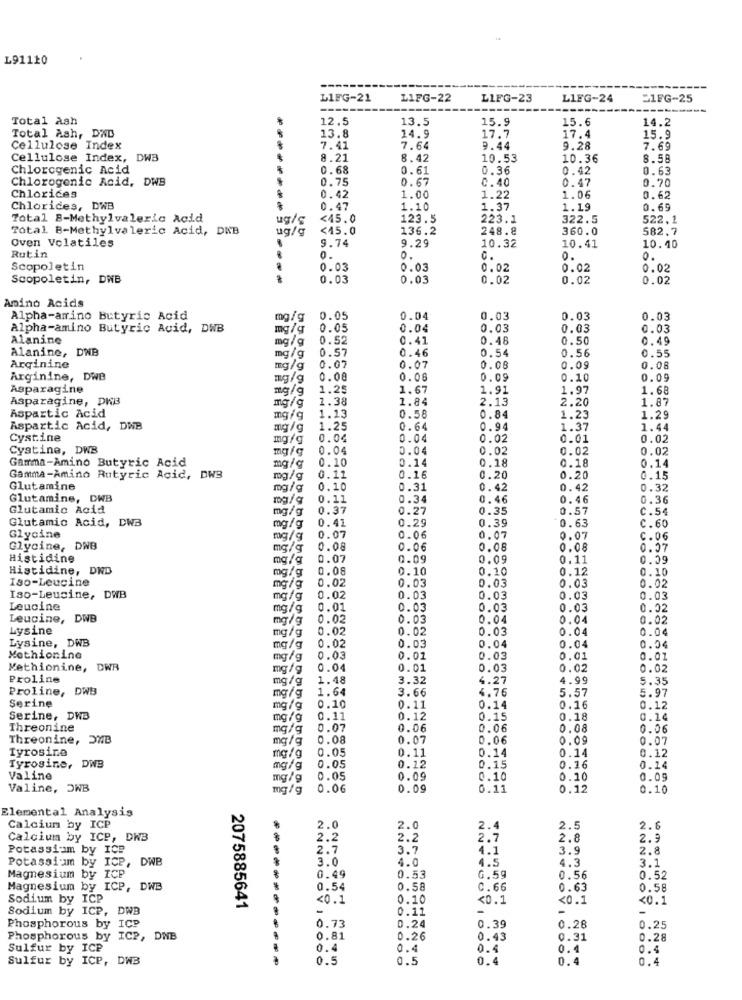
L91110
LIFG-21
LIFG-22
LIFG-23
LIFG-24
51FG-25
Total Ash
12.5
13.5
15.9
15.6
14.2
Total Ash, DWD
13.8
14.9
17.7
17.4
15.9
Cellulose Index
7.41
7.64
9.44
9.28
7.69
Cellulose Index, DW3
8.21
8.42
10.53
10.36
8.58
Chlorcgenic Acid
0.68
0.61
0.36
0.42
0.63
Chlorogenic Acid, DWB
0.75
0.67
C.40
0.47
0.70
Chlorices
0.42
1.00
1.22
1.06
0.62
Chlorides, DWB
0.47
1.10
1.37
1.19
0.69
Total B-Methylvaleric Acid
ug/ç
<45.0
123.5
223.1
322.5
522,1
Total B-Methylvaleric Acid, DKB
ug/g
<45.0
136.2
248.8
360.0
582.7
Oven Volatiles
9.74
9.29
10.32
10.41
10.40
Rutin
0.
0.
c.
0.
0.
Scopoletin
0.03
0.03
0.02
0.02
0.02
Scopoletin, DWB
0.03
0.03
0.02
0.02
0.02
Amino Acids
Alpha-amino Butyric Acid
mg/ g
0.05
0.04
0.03
0.03
0.03
Alpha-amino Butyric Acid, DWB
mg/g
0.05
0.04
0.03
0.03
0.03
Alanine
mg/g
0.52
0.41
0.48
0.50
0.49
Alanine, DNB
0.57
0.46
0.54
0.56
0.55
mg/g
Arginine
mg/g
0.07
0.07
0.08
0.09
0.08
Arginine, DWB
mg/g
0.00
0.08
0.09
0.10
0.09
Asparagine
mg/g
1.25
1.67
1.91
1.97
1.68
Asparagine, DW
1.38
1.84
2.13
2.20
1.87
Aspartic Acid
mg/g
mg/g
1.13
0.58
0.84
1.23
1.29
Aspartic Acid, DWB
mg/g
1.25
0.64
0.94
1.37
1.44
Cystine
mg/g
0.04
0.04
0.02
0.01
0.02
Cystine, DWB
mg/g
0.04
0.04
0.02
0.02
0.02
Gamma-Amino Butyric Acid
0.10
0.14
0.18
0.18
0.14
mg/g
Gamma-Amino Rutyric Acid, DWB
mg/g
0.11
0.16
0.20
0.20
0.15
Glutamine
mg/g
0.10
0.31
0.42
0.42
0.32
Glutamine, DWB
0.11
0.34
0.46
0.46
0.36
Glutamic Acid
mg/g
0.37
0.27
0.35
0.57
C.54
Glutamic Acid, DWB
0.41
0.29
0.39
0.63
C. 60
mg/g
Glycine
mg/g
0.07
0.06
0.07
0.07
C. 06
Glycine, DNB
mg/g
0.08
0.06
0.08
0.08
0.07
Histidine
mg/g
0.07
0.09
0.09
0.11
0.09
Histidine, DNB
mg/g
0.08
0.10
0.10
0.12
0.10
Iso-Leucine
0.03
0.03
0.03
0.02
mg/g
0.02
Iso-Leucine, DWB
mg/g
0.02
0.03
0.03
0.03
0.03
Leucine
mg/g
0.01
0.03
0.03
0.03
0.02
Leucine, D
mg/g
0.02
0.03
0.04
0.04
0.02
Lysine
mg/g
0.02
0.02
0.03
0.04
0.04
Lysine, DWB
0.03
0.04
mg/g
0.02
0.04
0.04
Methionine
mg/g
0.03
0.01
0.03
0.01
0.01
Methionine, DWR
mg/g
0.04
0.01
0.03
0.02
0.02
Proline
mg/g
1.48
3.32
4.27
4.99
5.35
Proline, DWB
1.64
3.66
4.76
5.57
Serine
mg/g
5.97
mg/g
0.10
0.11
0.14
0.16
0.12
Serine, DWB
mg/g
0.11
0.12
0.15
0.18
0.10
Threonine
mg/g
0.07
0.06
0.06
0.08
0.06
Threonine, DNB
mg/g
0.08
0.07
0.06
0.09
0.07
Tyrosine
0.05
0.11
0.14
0.12
mg/g
0.14
Tyrosine, DWB
mg/g
0.05
0.12
0.15
0.16
0.14
Valine
mg/g
0.05
0.09
0.10
0.10
0.09
Valine, OWB
mg / g
0.06
0.09
0.11
0.12
0.10
Elemental Analysis
Calcium by ICP
.
2.0
2.0
2.4
2.5
2.6
Calcium by ICP, DNB
2.2
2.2
2.7
2.8
2.9
Potassium by ICP
2.7
3.7
4.1
3.9
2.8
Potassium by ICP, DWB
3.0
4.0
4.5
4.3
3.1
Magnesium by ICP
0.49
0.53
G.59
0.56
0.52
Magnesium by ICP, DWB
*
0.54
0.58
C.66
0.63
0.58
Sodium by ICP
<0.1
0.10
<0.1
<0.1
<0.1
Sodium by ICP, DWB
2075885641
-
0.11
-
-
-
Phosphorous by ICP
0.73
0.24
0.39
0.26
0.25
Phosphorous by ICP, DNE
0.81
0.26
0.43
0.31
0.28
Sulfur by ICP
0.4
0.4
0.4
0.4
0.4
Sulfur by ICP, DWB
0.5
0.5
0.4
0.4
0.4